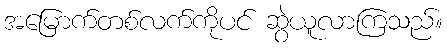
အမြောက်တစ်လက်ကိုပင် ဆွဲယူလာကြသည်။